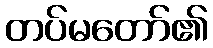
တပ်မတော်၏